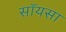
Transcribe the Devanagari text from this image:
सॉयसा